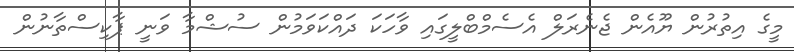
މީގެ އިތުރުން ޔޫއެން ޖެނެރަލް އެސެމްބްލީގައި ވާހަކަ ދައްކަވަމުން ސުޝްމާ ވަނީ ޕާކިސްތާނުން